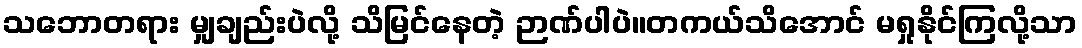
သဘောတရား မျှချည်းပဲလို့ သိမြင်နေတဲ့ ဉာဏ်ပါပဲ။တကယ်သိအောင် မရှုနိုင်ကြလို့သာ